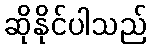
ဆိုနိုင်ပါသည်